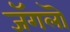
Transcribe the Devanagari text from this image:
जॅगलॊ